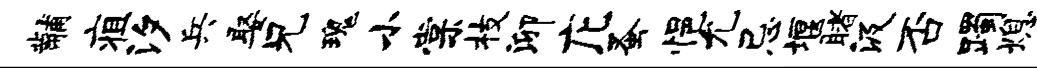
黼疽汐兵娶兄瑰小棠枝泖庀蚤悒允忌堰睹汲否躅熄